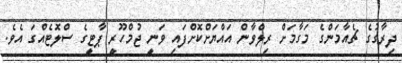
ދިރާގުގެ ޗެއާމަންގެ މަގާމަށް ރިލްވާން އައްޔަށްކޮށްފައި ވަނީ ޖުމްހޫރީ ޕާޓީގެ ސްލޮޓެއްގަ އެވެ.